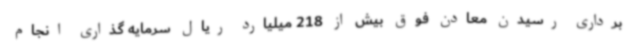
برداری رسیدن معادن فوق بیش از 218 میلیارد ریال سرمایه گذاری انجام